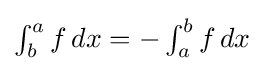
{\textstyle \int _{b}^{a}f\,dx=-\int _{a}^{b}f\,dx}